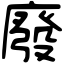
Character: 廢